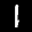
Label: 1